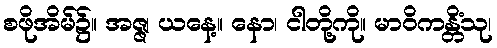
စဖိုအိမ်၌။ အဇ္ဇ၊ ယနေ့။ နော၊ ငါတို့ကို။ မာဝိကန္တိံသု၊